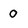
Character: 0